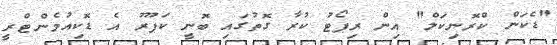
"ޑެކަން ކްރޮނިކަލް" އިން ރިޕޯޓު ކުރާ ގޮޮތުގައި ބޮނީ ކަޕޫރު އެ ޑޮކިއުމެންޓްރީ